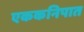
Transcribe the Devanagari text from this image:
एककनिपात